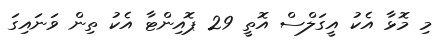
މި މޮޅާ އެކު އީގަލްސް އޮތީ 29 ޕޮއިންޓާ އެކު ތިން ވަނައިގަ